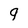
Character: q